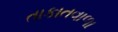
તાકાતવાળા